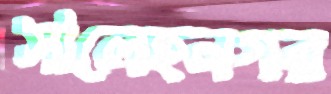
সালেহনগর